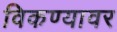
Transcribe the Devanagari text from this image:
विकण्यावर